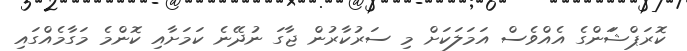
ކޮރަޕްޝަަންގެ އެއްވެސް އަމަލަކަށް މި ސަރުކާރުން ޖާގަ ނުދޭނެ ކަމަށާއި ކޮންމެ މަގާމެއްގައި